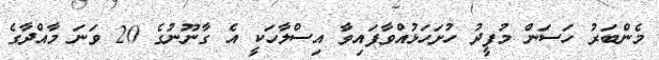
މެންބަރު ހަސަން މުފީދު ހުށަހަޅުއްވާފައިވާ އިސްލާހަކީ އެ ގާނޫނުގެ 20 ވަނަ މާއްދާގެ